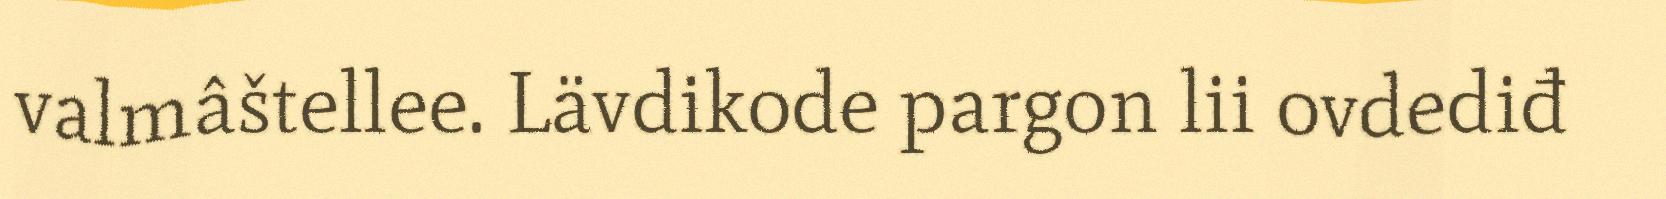
valmâštellee. Lävdikode pargon lii ovdediđ